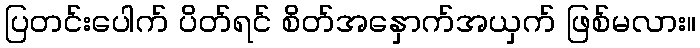
ပြတင်းပေါက် ပိတ်ရင် စိတ်အနှောက်အယှက် ဖြစ်မလား။